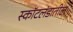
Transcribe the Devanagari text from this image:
स्कॉटलंडातील